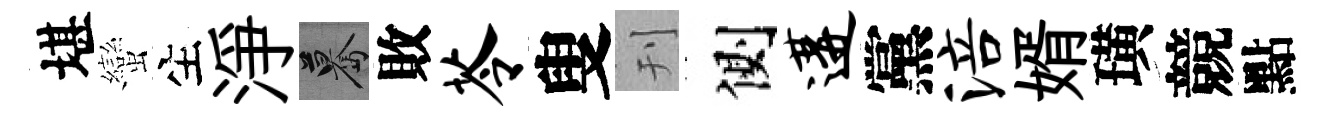
堪蠻生淨驀敗苓叟刊側遘黨涪婿璜競點